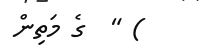
) "  ގެ މަތިން